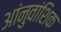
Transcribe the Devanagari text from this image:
आंनुवांशिक